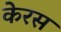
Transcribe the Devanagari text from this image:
केरस